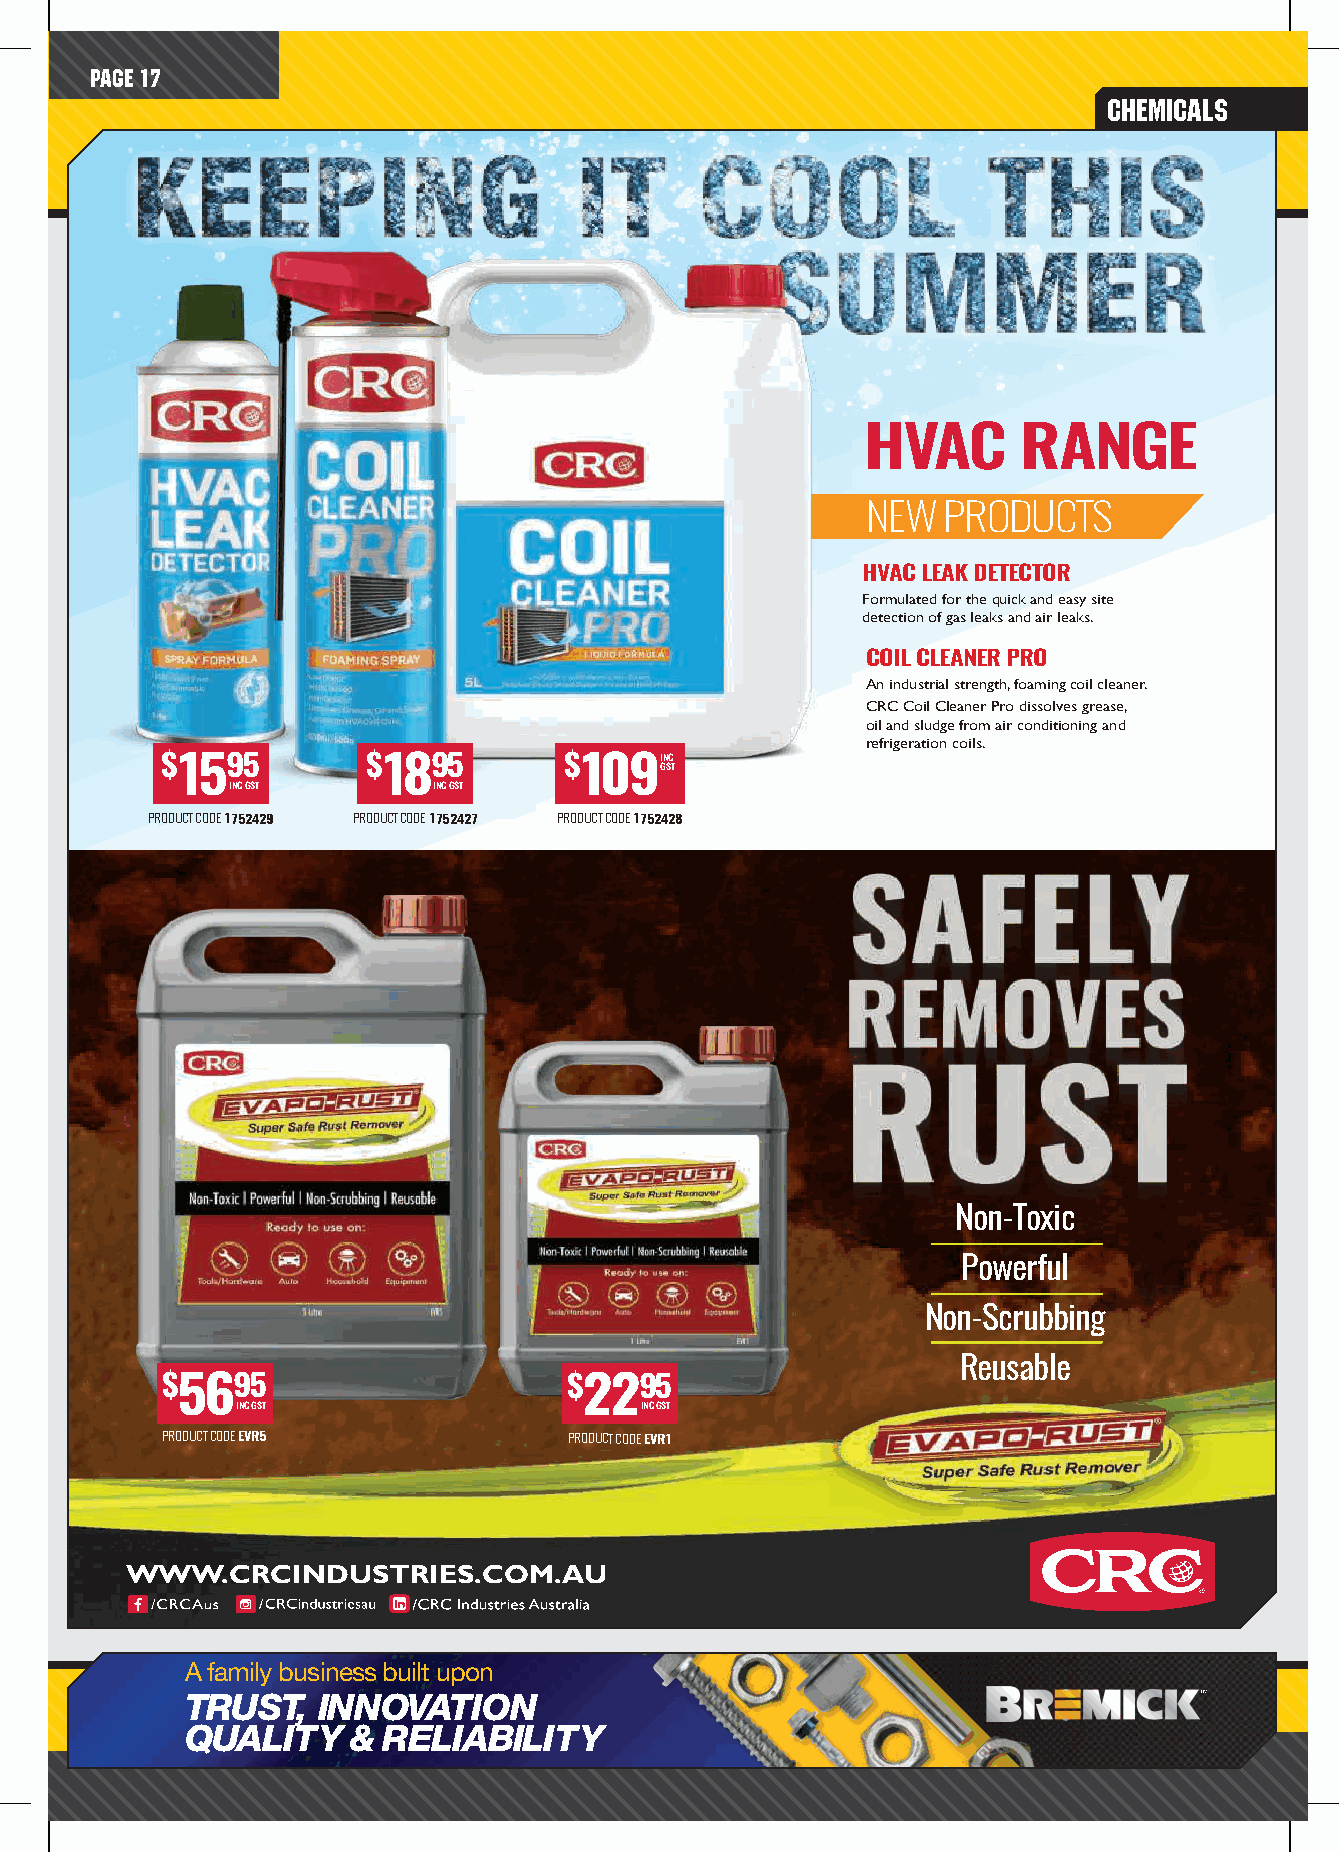
PAGE 17
 chemicals
 HVAC      RANGE
 NEW  PRODUCTS
 HVAC LEAK DETECTOR
 Formulated for the quick and easy site
 detection of gas leaks and air leaks.
 COIL CLEANER PRO
 An industrial strength, foaming coil cleaner.
 CRC Coil Cleaner Pro dissolves grease,
 oil and sludge from air conditioning and
 refrigeration coils.
 $1595        $1895        $109GIN SC
 T
 INC GST       INC GST
 PRODUCT CODE 1752429 PRODUCT CODE 1752427 PRODUCT CODE 1752428
 Non-Toxic
 Powerful
 Non-Scrubbing
 Reusable
 $5695                      $2295
 INC GST                   INC GST
 PRODUCT CODE EVR5          PRODUCT CODE EVR1
 WWW.CRCINDUSTRIES.COM.AU
 A family business built upon
 TRUST,   INNOVATION
 QUALITY    & RELIABILITY